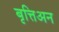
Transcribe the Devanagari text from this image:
बृत्तिअन